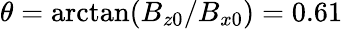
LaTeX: \theta=\arctan(B_{z0}/B_{x0})=0.61